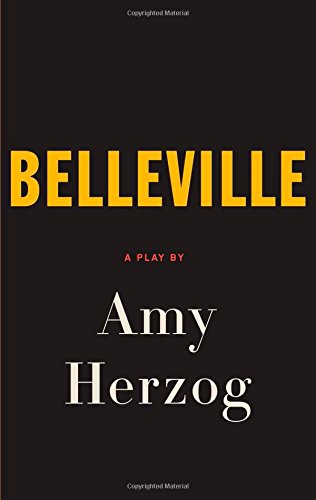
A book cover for Belleville; Amy Herzog; Literature & Fiction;